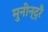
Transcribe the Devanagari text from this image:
मुनीन्द्रै